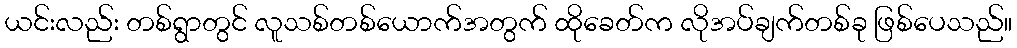
ယင်းလည်း တစ်ရွာတွင် လူသစ်တစ်ယောက်အတွက် ထိုခေတ်က လိုအပ်ချက်တစ်ခု ဖြစ်ပေသည်။